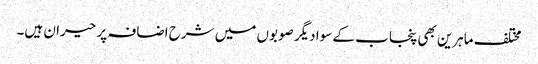
مختلف ماہرین بھی پنجاب کے سوا دیگر صوبوں میں شرح اضافہ پر حیران ہیں۔